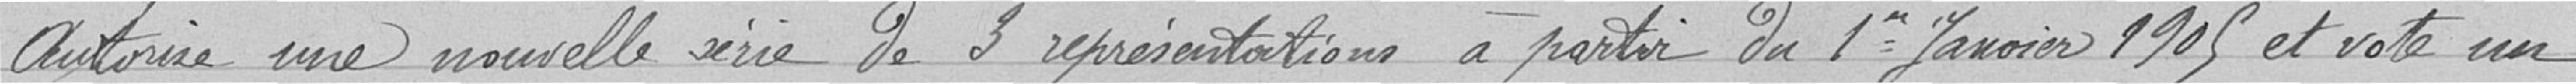
autorise une nouvelle série de 3 représentations à partir du 1er Janvier 1905 et vote un